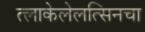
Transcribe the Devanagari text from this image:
त्लाकेलेलत्सिनचा